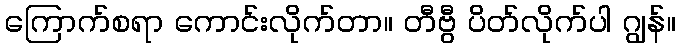
ကြောက်စရာ ကောင်းလိုက်တာ။ တီဗွီ ပိတ်လိုက်ပါ ဂျွန်။